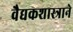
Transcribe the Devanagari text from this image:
वैद्यकशास्त्राने